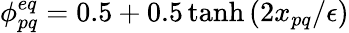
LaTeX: \phi_{pq}^{eq}=0.5+0.5\operatorname{tanh}\left(2x_{pq}/\epsilon\right)